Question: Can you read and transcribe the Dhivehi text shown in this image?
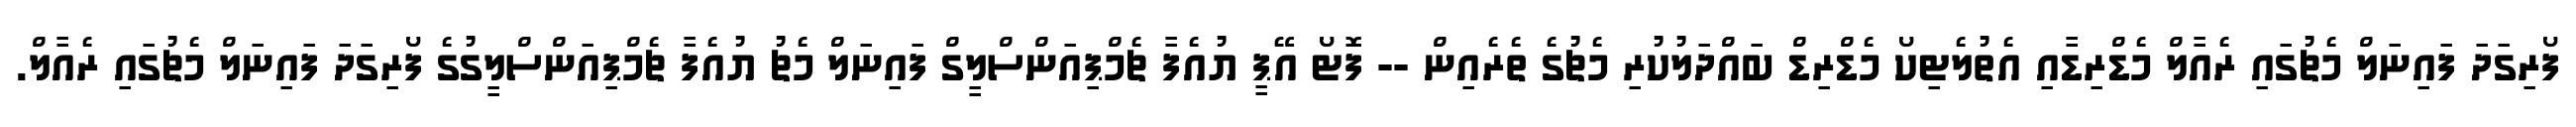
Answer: ފޯރިގަދަ ފައިނަލް މެޗުގައި ރެއާލް މެޑްރިޑާއި އެތުލެޓިކޯ މެޑްރިޑް ބައްދަލުކުރި މެޗުގެ ތެރެއިން -- ފޮޓޯ އޭޕީ ޔުއެފާ ޗެމްޕިއަންސްލީގް ފައިނަލް މެޗު ޔުއެފާ ޗެމްޕިއަންސްލީގުގެ ފޯރިގަދަ ފައިނަލް މެޗުގައި ރެއާލް.